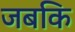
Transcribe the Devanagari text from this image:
जबकि